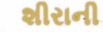
શીરાની